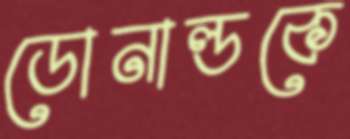
ডোনাল্ডকে